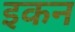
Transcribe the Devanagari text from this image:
इकन